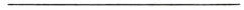
___